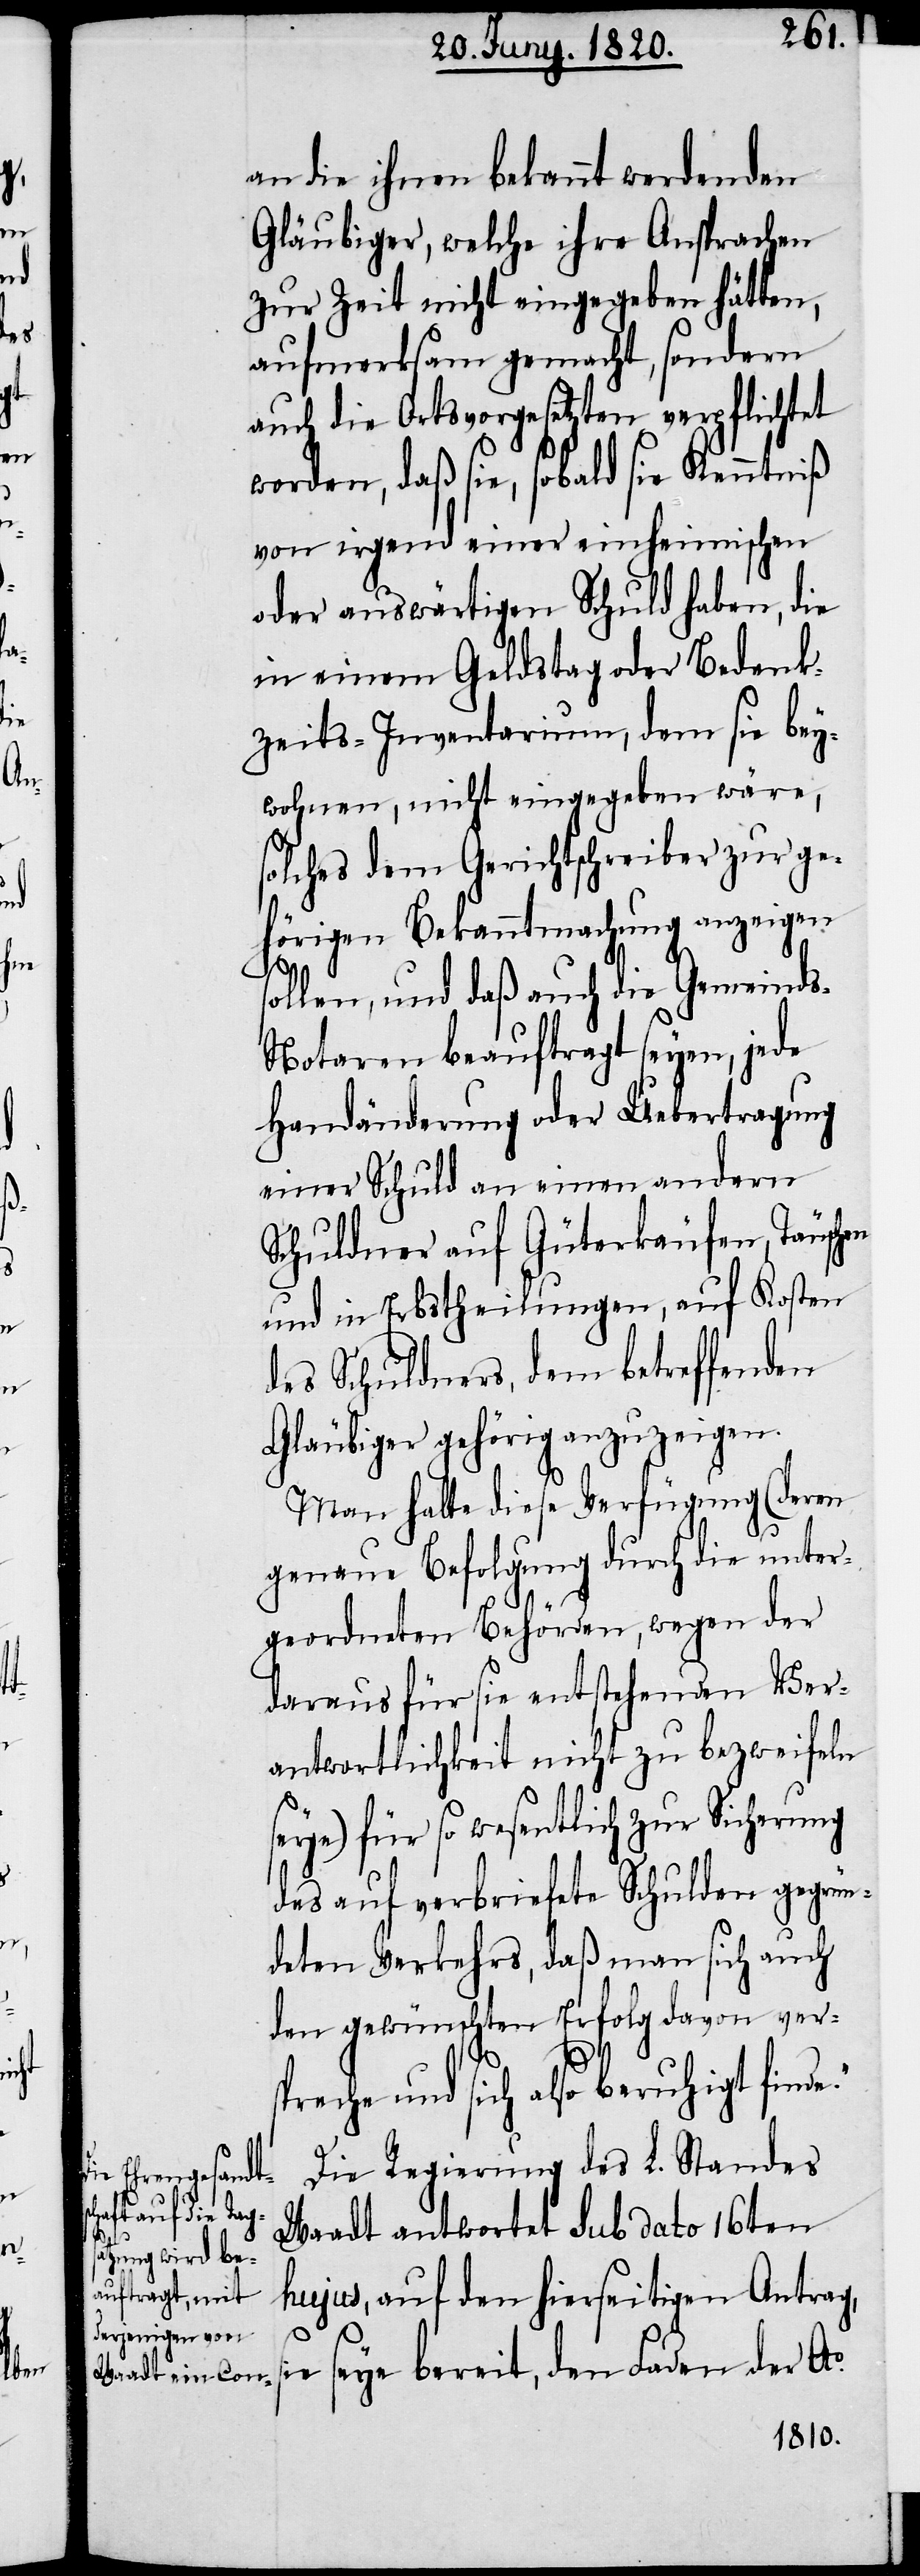
an die ihnen bekannt werdenden
Gläubiger, welche ihre Ansprachen
zur Zeit nicht eingegeben hätten,
aufmerksam gemacht, sondern
auch die Ortsvorgesetzten verpflichtet
worden, daß sie, sobald sie Kenntniß
von irgend einer einheimischen
oder auswärtigen Schuld haben, die
in einem Geldstag oder Bedenk¬
zeits-Inventarium, dem sie bey¬
wohnen, nicht eingegeben wäre,
solches dem Gerichtschreiber zur ge¬
hörigen Bekanntmachung anzeigen
s¬
sollen, und daß auch die Gemeind¬
s-Notaren beauftragt seyen, jede
Handänderung der Uebertragung
einer Schuld an einen andern
Schuldner auf Güterkäufen, Täuschen
und in Erbstheilungen, auf Kosten
des Schuldners, dem betreffenden
Gläubiger gehörig anzuzeigen.
Man halte diese Verfügung (deren
genaue Befolgung durch die unter¬
geordneten Behörden, wegen der
daraus für sie entstehenden Ver¬
antwortlichkeit nicht zu bezweifeln
seye) für so wesentlich zur Sicherung
des auf verbriefte Schulden gegrün¬
deten Verkehrs, daß man sich auch
den gewünschten Erfolg davon ver¬
spreche und sich also beruhigt find¬
Die Regierung des L. Standes
Waadt antwortet sub dato 16ten
hujus, auf den hierseitigen Antrag,
ie seye bereit, den Faden der Ao.